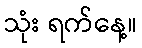
သုံး ရက်နေ့။